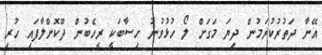
އޭނާ ދަތުރުކުރަމުން ދިޔަ މަގަށް ލޯ ހުޅުވުނު ހިސާބަކީ ރީހެބުން ދޫކޮށްލާފައި ހުރި